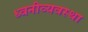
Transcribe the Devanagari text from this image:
ध्वनीव्यवस्था